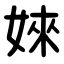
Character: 婡